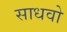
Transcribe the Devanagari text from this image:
साधवो